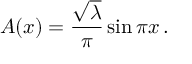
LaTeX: A ( x ) = { \frac { \sqrt \lambda } { \pi } } \sin \pi x \, .